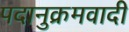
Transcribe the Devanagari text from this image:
पदानुक्रमवादी